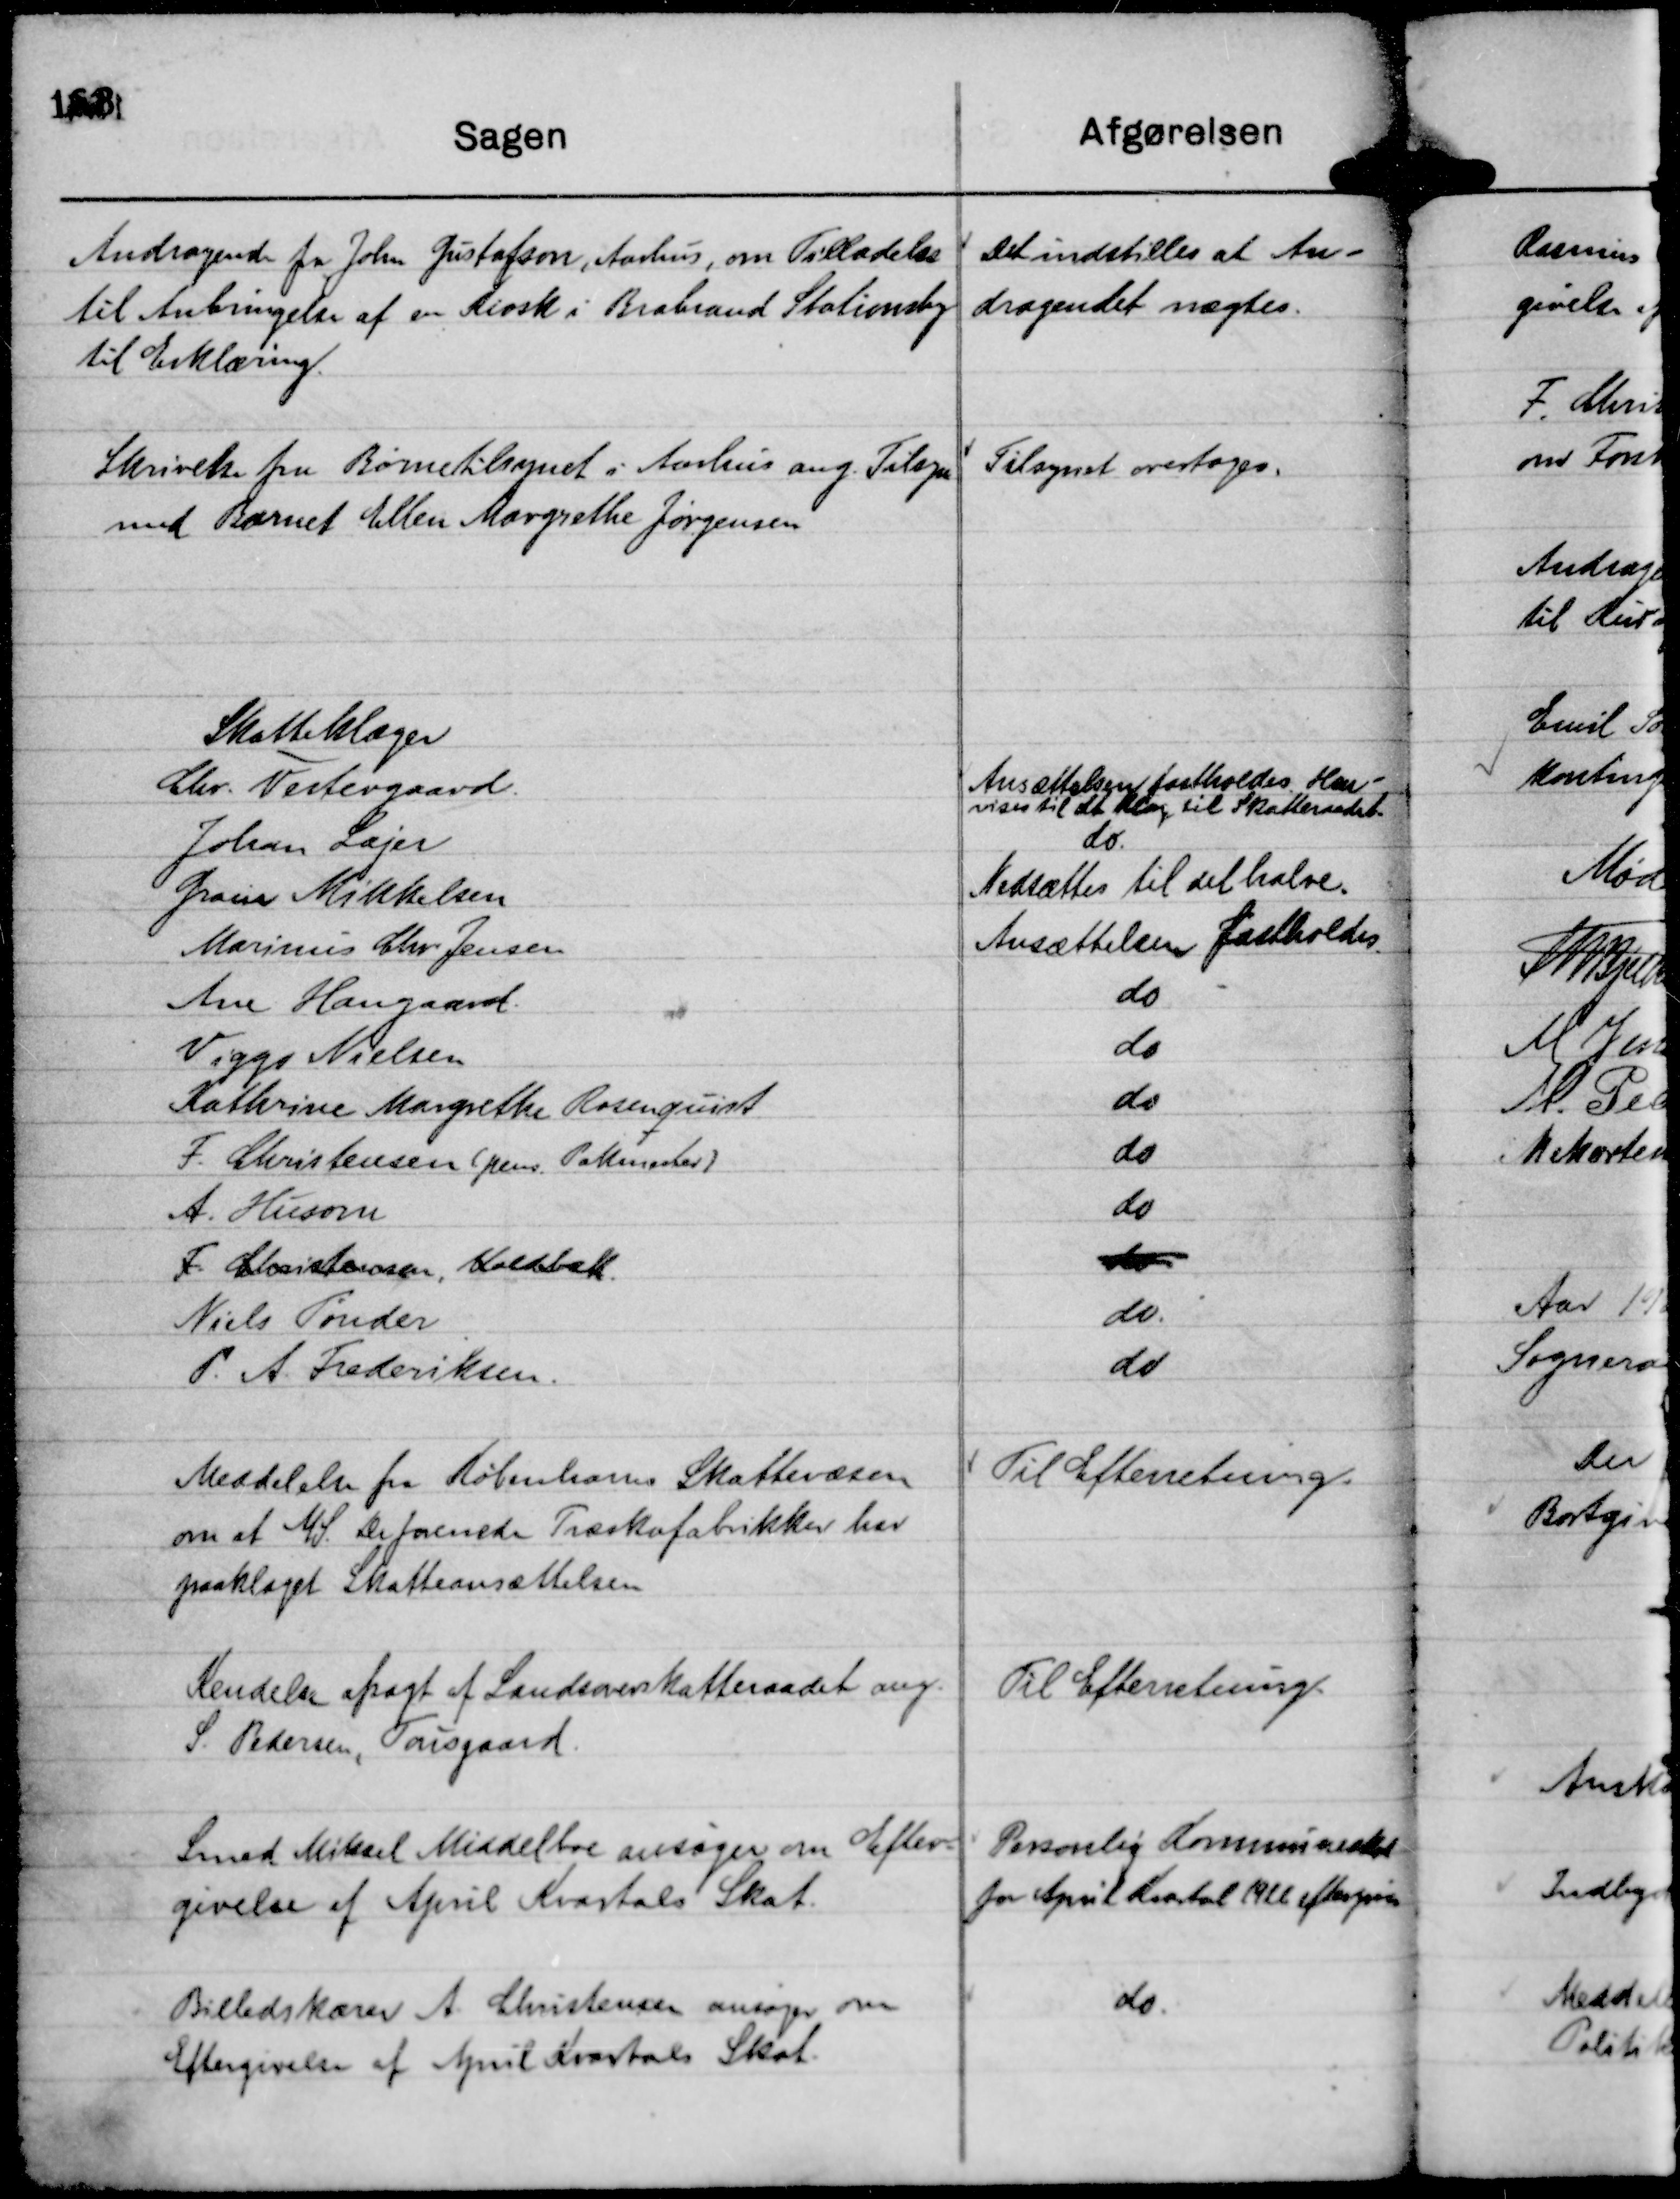
Transskription:
Andragende fra John Gustafson, Aarhus, om Tilladelse
til Anbringelse af en Kiosk i Brabrand Stationsby
til Erklæring.

Det indstilles at An-
dragendet nægtes.

Skrivelse fra Børnetilsynet i Aarhus ang. Tilsyn
med Barnet Ellen Margrethe Jørgensen

Tilsynet overtoges.

Meddelelse fra Københavns Skattevæsen
om at A/S. De forenede Træskofabrikker har
paaklaget Skatteansættelsen

Til Efterretning.

Kendelse afsagt af Landsoverskatteraadet ang.
S. Pedersen, Tousgaard.

Til Efterretning.

Smed Mikael Middelboe ansøger om Efter-
givelse af April Kvartals Skat.

Personlig Kommuneskat
for April Kvartal 1926 eftergives

Billedskærer A. Christensen ansøger om
Eftergivelse af April Kvartals Skat.

do.